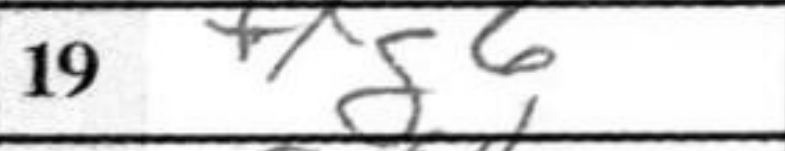
Transcription: fxg6